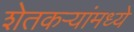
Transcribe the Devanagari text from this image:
शेतकर्‍यांमध्ये